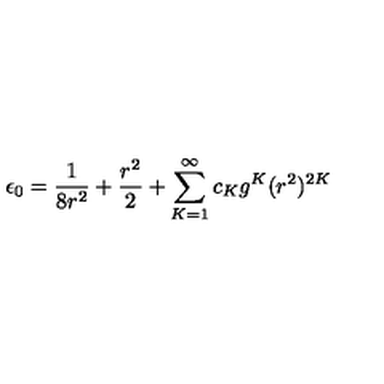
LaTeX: \epsilon _ { 0 } = \frac { 1 } { 8 r ^ { 2 } } + \frac { r ^ { 2 } } { 2 } + \sum _ { K = 1 } ^ { \infty } c _ { K } g ^ { K } ( r ^ { 2 } ) ^ { 2 K }